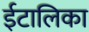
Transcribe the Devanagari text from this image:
ईटालिका